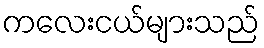
ကလေးငယ်များသည်